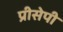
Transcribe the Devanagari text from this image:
प्रीसेपी